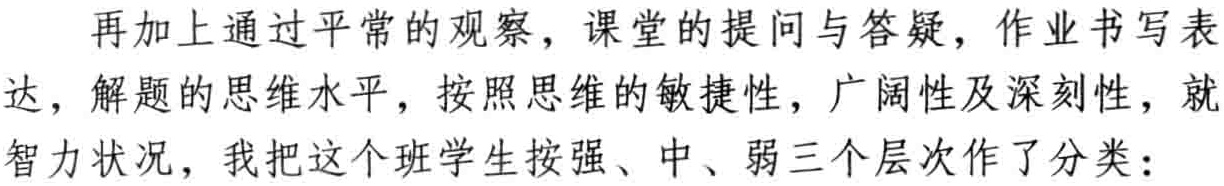
再加上通过平常的观察，课堂的提问与答疑，作业书写表达，解题的思维水平，按照思维的敏捷性，广阔性及深刻性，就智力状况，我把这个班学生按强、中、弱三个层次作了分类：